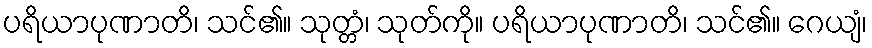
ပရိယာပုဏာတိ၊ သင်၏။ သုတ္တံ၊ သုတ်ကို။ ပရိယာပုဏာတိ၊ သင်၏။ ဂေယျံ၊